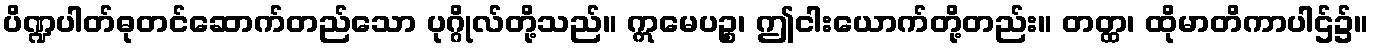
ပိဏ္ဍပါတ်ဓုတင်ဆောက်တည်သော ပုဂ္ဂိုလ်တို့သည်။ ဣမေပဉ္စ၊ ဤငါးယောက်တို့တည်း။ တတ္ထ၊ ထိုမာတိကာပါဌ်၌။